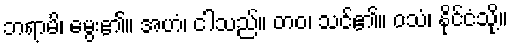
ဘရာမိ၊ မွေး၏။ အဟံ၊ ငါသည်။ တဝ၊ သင်၏။ ဝသံ၊ နိုင်ငံသို့။